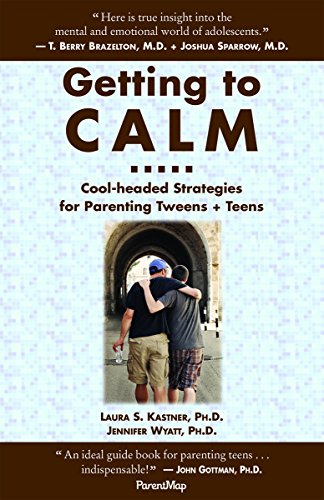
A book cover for Getting to Calm: Cool-Headed Strategies for Parenting Tweens + Teens; Laura S. Kastner; Parenting & Relationships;